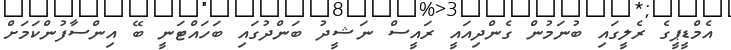
އެމްޑީޕީގެ ރެލީގައި ބުނަމުން ގެންދިއައީ ރައީސް ނަޝީދު ބަންދުގައި ބަހައްޓަނީ ބޭ އިންސާފުންކަމަށް